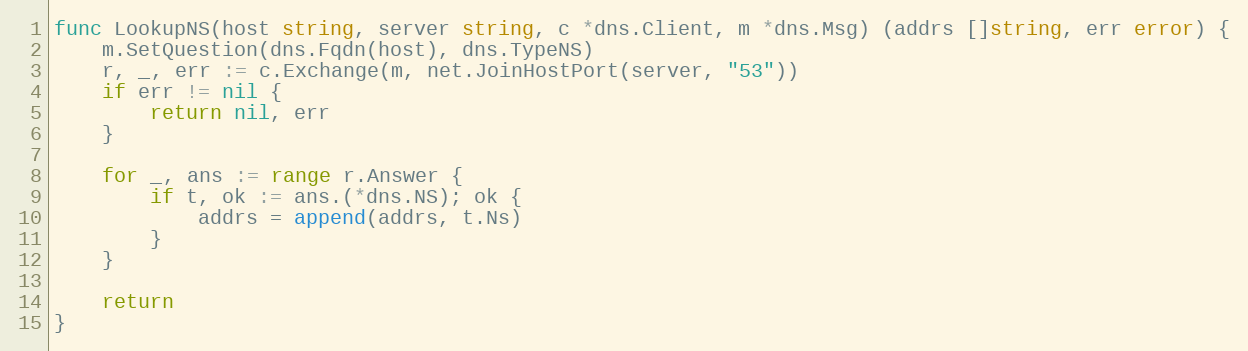
Language: Go
func LookupNS(host string, server string, c *dns.Client, m *dns.Msg) (addrs []string, err error) {
	m.SetQuestion(dns.Fqdn(host), dns.TypeNS)
	r, _, err := c.Exchange(m, net.JoinHostPort(server, "53"))
	if err != nil {
		return nil, err
	}

	for _, ans := range r.Answer {
		if t, ok := ans.(*dns.NS); ok {
			addrs = append(addrs, t.Ns)
		}
	}

	return
}